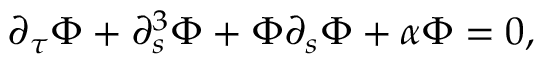
\partial _ { \tau } \Phi + \partial _ { s } ^ { 3 } \Phi + \Phi \partial _ { s } \Phi + \alpha \Phi = 0 ,